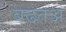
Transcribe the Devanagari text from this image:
बढतअ